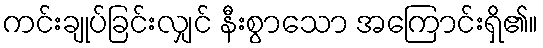
ကင်းချုပ်ခြင်းလျှင် နီးစွာသော အကြောင်းရှိ၏။